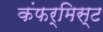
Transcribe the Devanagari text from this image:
कंफर्मिस्ट